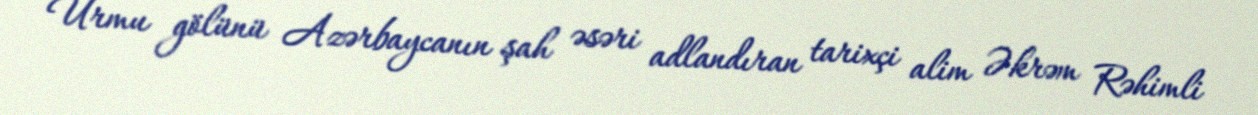
Urmu gölünü Azərbaycanın şah əsəri adlandıran tarixçi alim Əkrəm Rəhimli